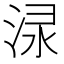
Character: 𣵌